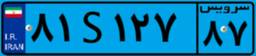
۸۲S۱۲۸۶۴